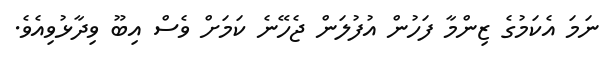
ނަމަ އެކަމުގެ ޒިންމާ ފަހުން އުފުލަން ޖެހޭނެ ކަމަށް ވެސް އިބޫ ވިދާޅުވިއެވެ.